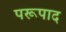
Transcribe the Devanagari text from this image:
परूपाद